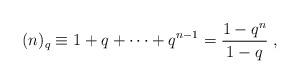
LaTeX: \begin{align*} (n)_{q}\equiv 1+q+\cdots +q^{n-1}=\frac {1-q^{n} }{1-q}\;,\end{align*}